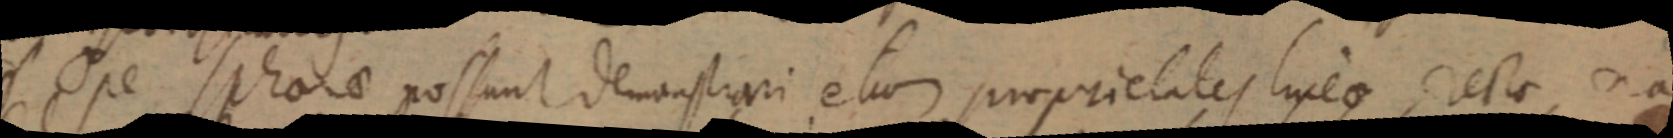
Ope _ possunt demonstrari eluor proprielates lineo rectae, na